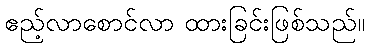
ဧည့်လာစောင်လာ ထားခြင်းဖြစ်သည်။